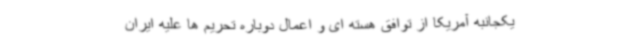
یکجانبه آمریکا از توافق هسته ای و اعمال دوباره تحریم ها علیه ایران